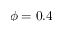
\phi = 0 . 4